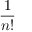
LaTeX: \frac { 1 } { n ! }